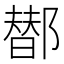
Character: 䣠